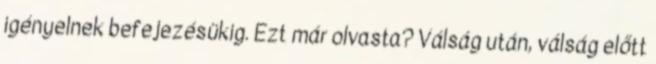
igényelnek befejezésükig. Ezt már olvasta? Válság után, válság előtt